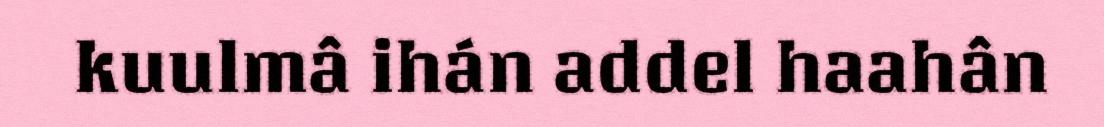
kuulmâ ihán addel haahân